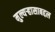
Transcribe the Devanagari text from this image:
मुल्यऱ्हासाबद्दल